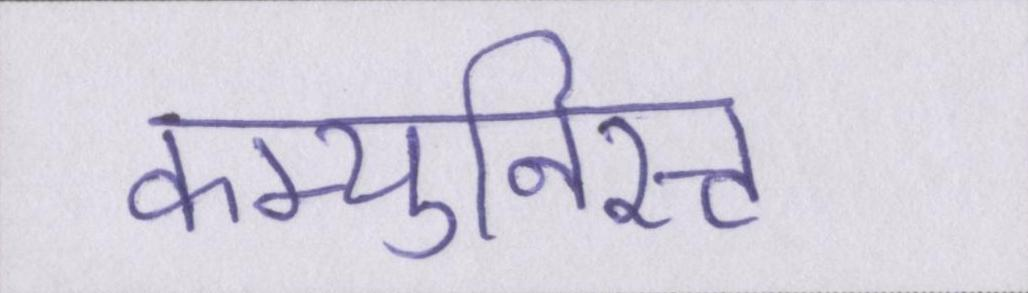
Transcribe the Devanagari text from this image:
कम्युनिस्ट